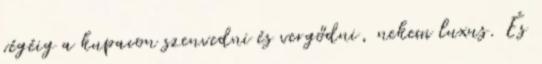
végéig a kupacon szenvedni és vergődni, nekem luxus. És